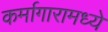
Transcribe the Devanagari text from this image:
कर्मागारामध्ये